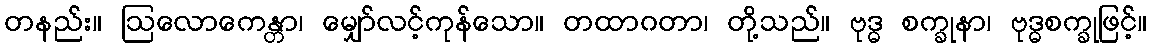
တနည်း။ ဩလောကေန္တာ၊ မျှော်လင့်ကုန်သော။ တထာဂတာ၊ တို့သည်။ ဗုဒ္ဓ စက္ခုနာ၊ ဗုဒ္ဓစက္ခုဖြင့်။